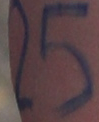
25